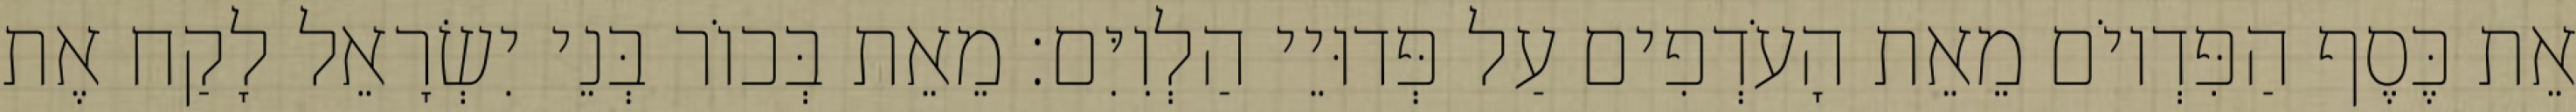
אֵת כֶּסֶף הַפִּדְיוֹם מֵאֵת הָעֹדְפִים עַל פְּדוּיֵי הַלְוִיִּם׃ מֵאֵת בְּכוֹר בְּנֵי יִשְׂרָאֵל לָקַח אֶת